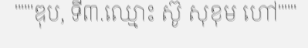
"""ឌុប, ទី៣.ឈ្មោះ ស៊ូ សុខុម ហៅ"""